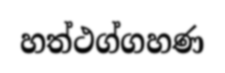
හත්ථග්ගහණ